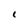
Character: 1